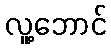
လူ့ဘောင်